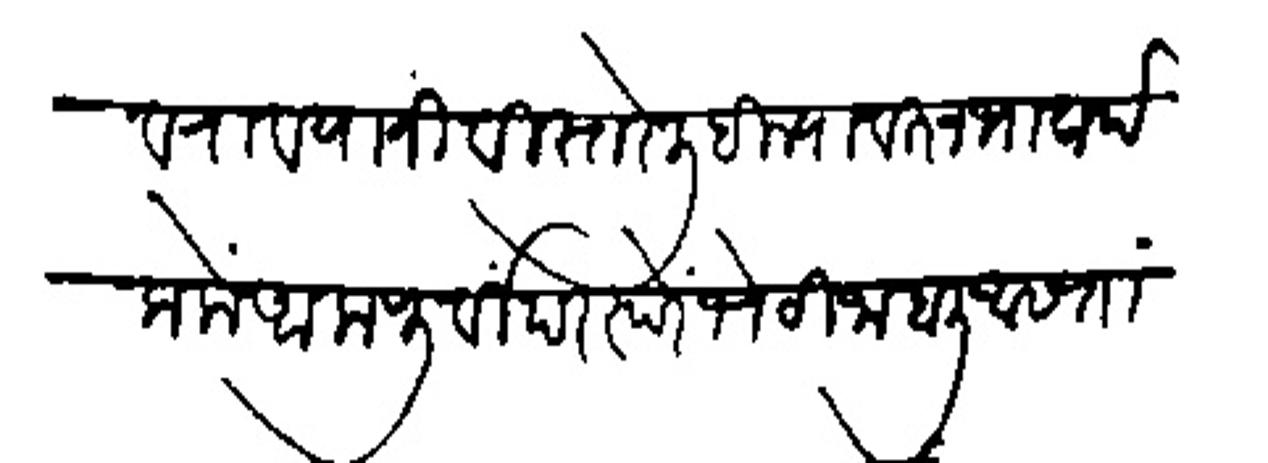
Transliteration (Devanagari): केशवराव यानीं विस्तरे लिहिल्यावरुन भावार्थ कलों आला पूर्वी परस्परे भेटी जाहाली आसता